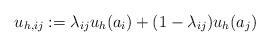
LaTeX: \begin{align*}u_{h,ij}:=\lambda_{ij}u_h(a_i)+(1-\lambda_{ij})u_h(a_j)\end{align*}